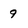
Character: 9